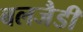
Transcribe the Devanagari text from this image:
बलजैडी